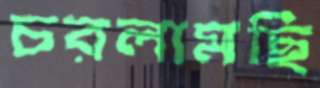
চরলামছি